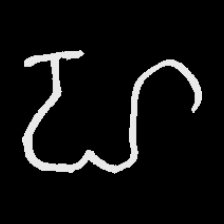
Pyu character \u2014 Myanmar letter: ဟ (romanized: ha)